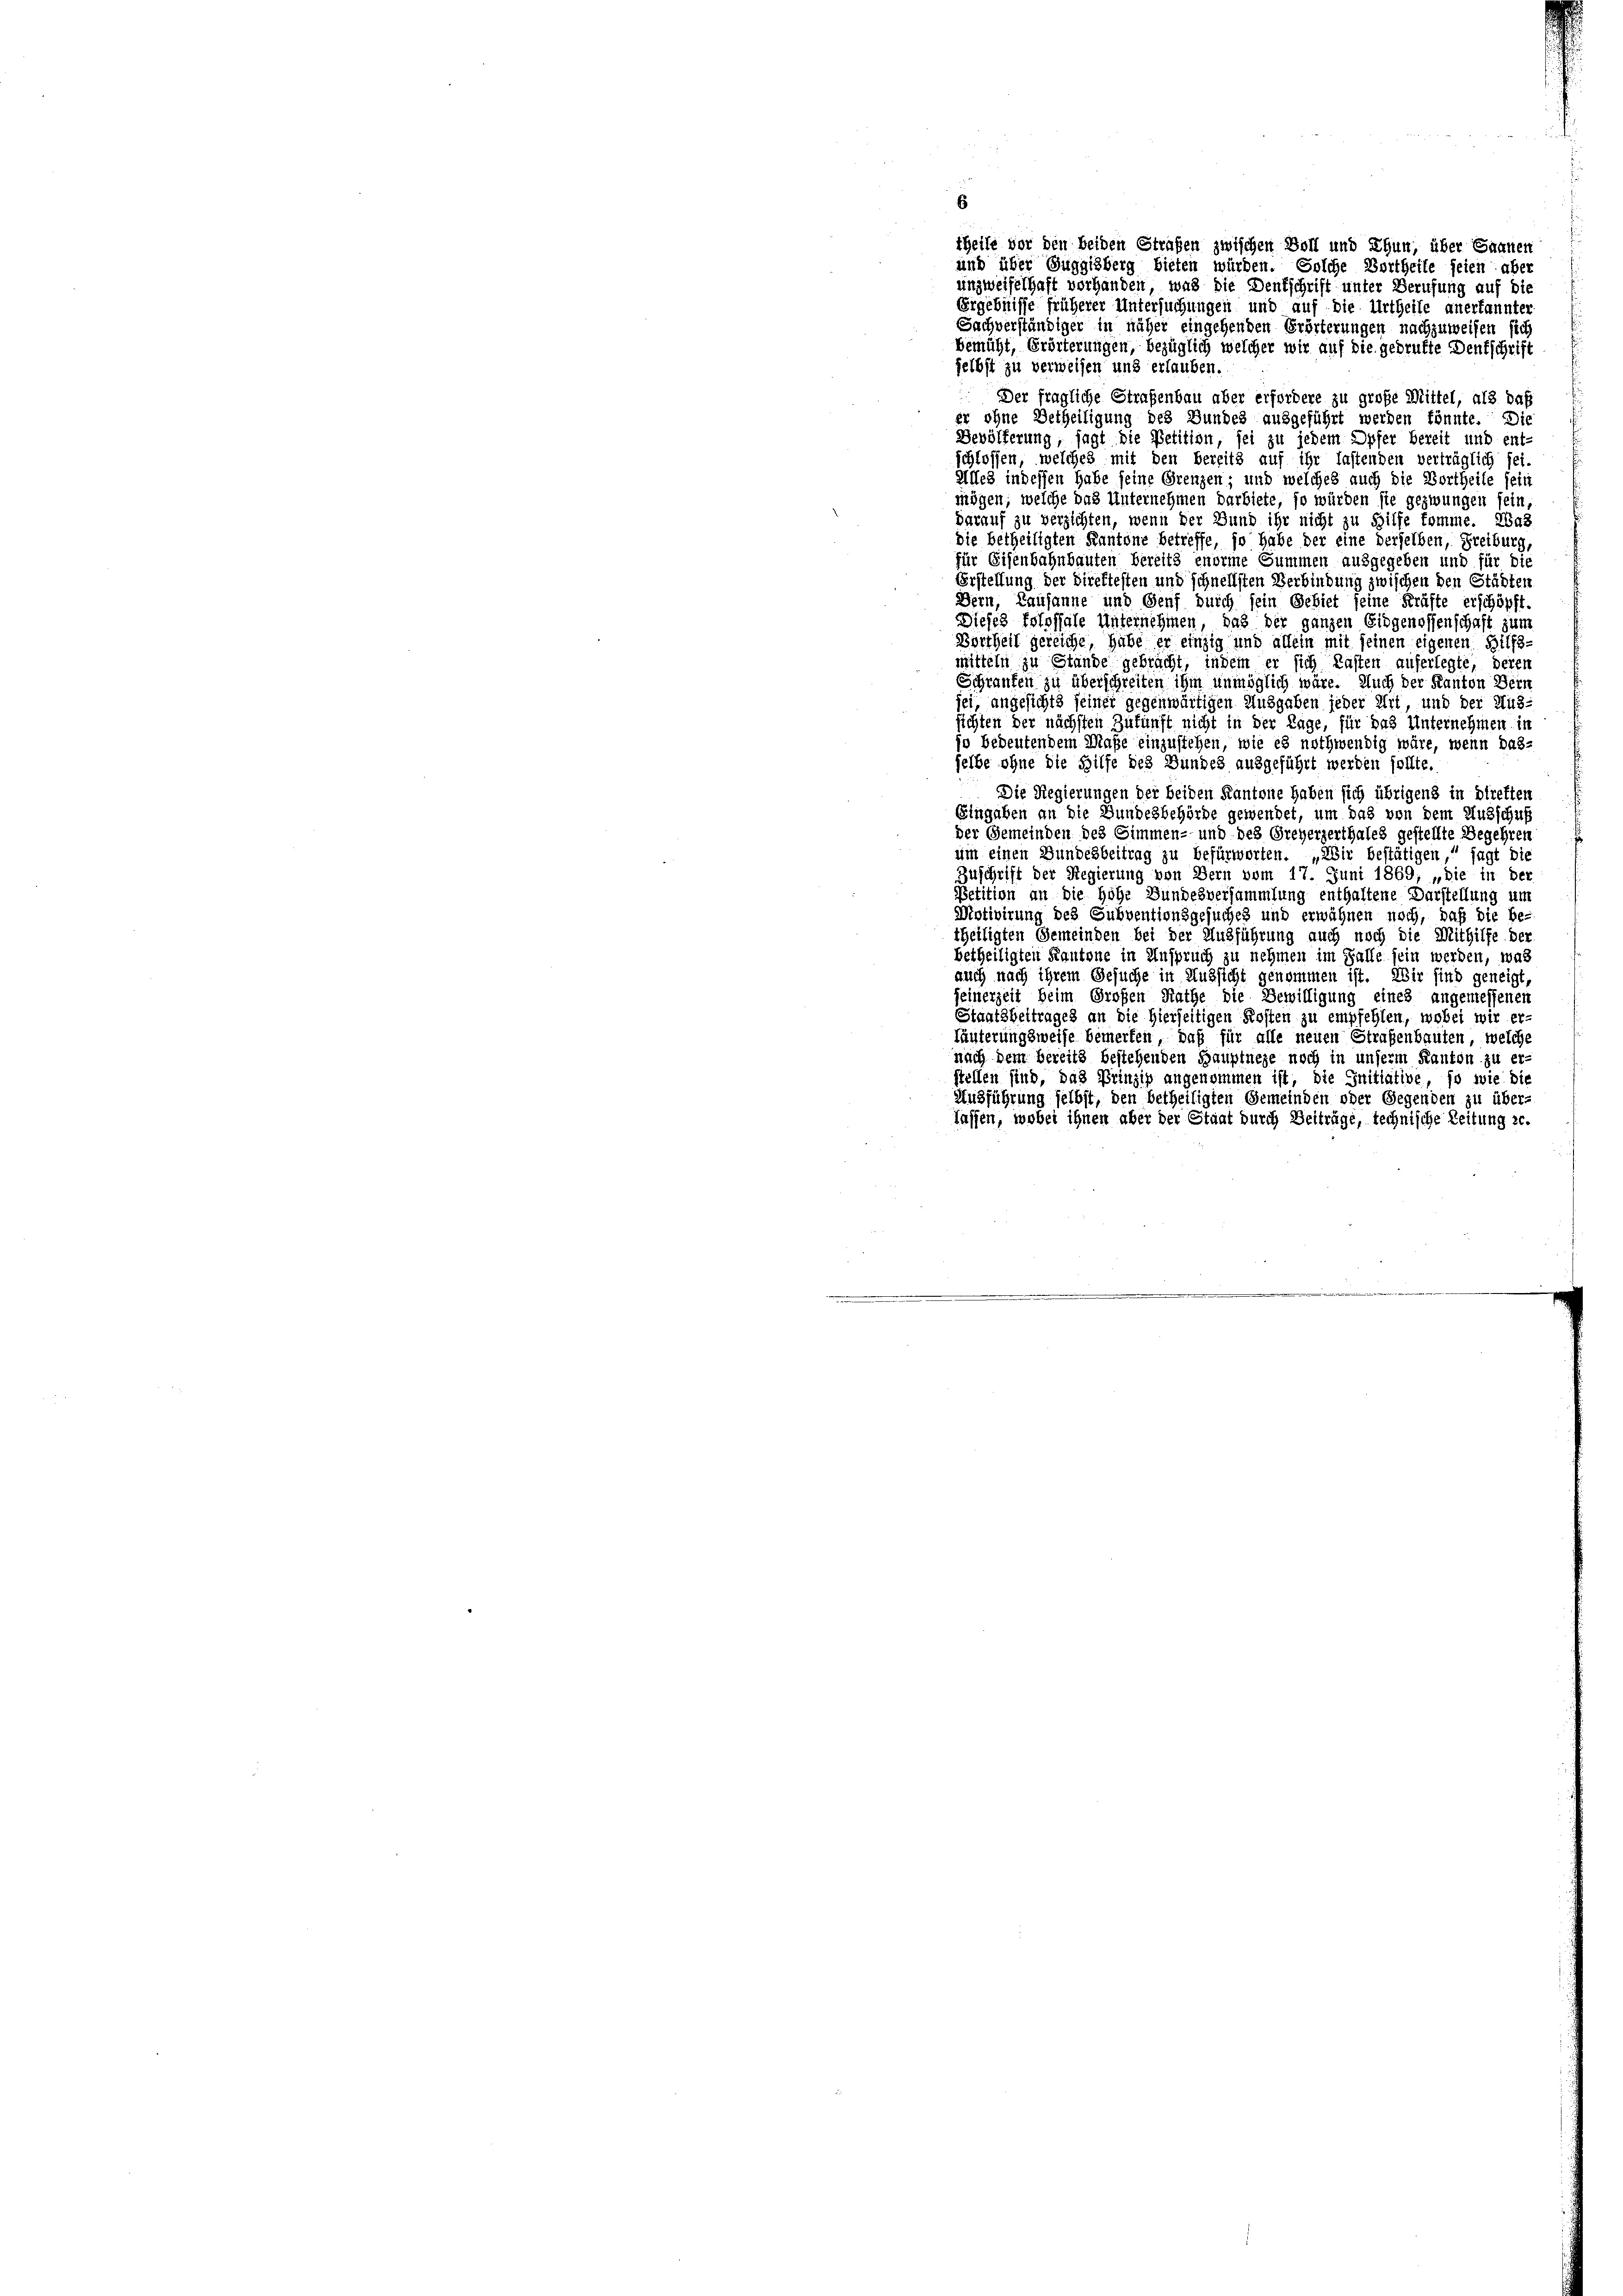
theile vor den beiden Strafen zwischen Boll und Thun, über Sannen
und über Guggisberg bieten würden. Solche Bortheile seien aber
unzweifelhaft vorhanden, was die Deutschrift unter Berufung auf die
Ergebnisse früherer Untersuchungen und auf die Urtheile anerkannter
Sachverständiger in näher eingehenden Erörterungen nachzuweisen sich
bemüht, Erörterungen, bezüglich welcher wir auf die gedrukte Deutschrift
selbst zu verweisen und erlauben.
Der fragliche Straßenbau aber erfordere zu große Mittel, als daß
er ohne Betheiligung des Bundes ausgeführt werden könnte. Die
Bevölferung, sagt die Petition, sei zu jedem Opfer bereit und ent-
schlossen, welches mit den bereits auf ihr fastenden verträglich sei-
Alles indessen habe seine Grenzen; und welches auch die Vortheile sein
mögen, welche das Unternehmen darbiete, so würden sie gezwungen sein,
darauf zu verzichten, wenn der Bund ihr nicht zu Hilfe komme. 243
die betheiligten Kantone betreffe, so habe der eine derselben, Freiburg,
für Eisenbahnbauten bereits enorme Summen ausgegeben und für die
Erstellung der Direktesten und schnellsten Verbindung zwischen den Städten
Dern, Lausanne und Genf durch sein Gebiet seine Kräfte erschöpft
Dieses Estossale Unternehmen, das der ganzen Eidgenossenschaft zum
Dortheil gereiche, habe er einzig und allein mit seinen eigenen Hilfs-
mitteln zu Stände gebracht, indem er sich Kasten auferlegte, deren
Schraufen zu überschreiten ihm unmöglich wäre. Auch der Kanton Bern
sei, angesichts seiner gegenwärtigen Ausgaben jeder Art, und der Hus-
sichten der nächsten Zukunft nicht in der Lage, für das Unternehmen in
jo bedeutendem Maße einzustehen, wie es nothwendig wäre, wenn das-
selbe ohne die Hilfe des Bundes ausgeführt werden sollte.
Die Regierungen der beiden Kantone haben sich übrigens in stretten
Eingaben an die Bundesbehörde gewendet, um das von dem Ausschuß
der Gemeinden des Simmen- und des Greyerzerthales gestellte Begehren
um einen Bundesbeitrag zu befürworten. „Wir bestätigen,“ sagt die
Zuschrift der Regierung von Bern vom 17. Juni 1869, „die in der
Petition an die Hohe Bundesversammlung enthaltene Darstellung um
Motivirung des Subventionsgesuches und erwähnen noch, daß die be
theiligten Gemeinden bei der Ausführung auch noch die Mithilfe der
betheiligten Kantone in Anspruch zu nehmen im Falle sein werden, was
auch nach ihrem Gesuche in Aussicht genommen ist. Wir sind geneigt
seinerzeit beim Großen Rathe die Bewilligung eines angemessenen
Staatsbeitrages an die hierseitigen Kosten zu empfehlen, wobei wir er-
Läuterungsweise bemerken, daß für alle neuen Straßenbauten, welche
nach dem bereits bestehenden Hauptnege noch in unserm Kanton zu er-
stellen sind, das Prinzip angenommen ist, die Initiative, so wie die
Ausführung selbst, den betheiligten Gemeinden oder Gegenden zu über-
Tassen, wobei ihnen aber der Staat durch Beiträge, technische Zeitung ze.

6